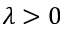
\lambda > 0